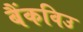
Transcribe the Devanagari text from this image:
बैंकविउ